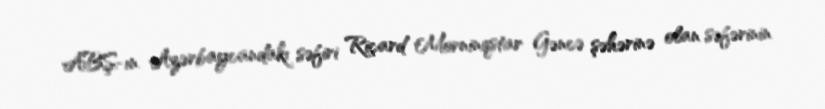
ABŞ-ın Azərbaycandakı səfiri Riçard Morninqstar Gəncə şəhərinə olan səfərinin